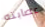
عصابته